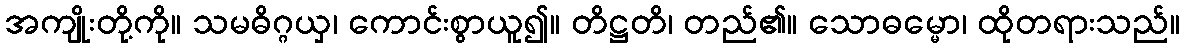
အကျိုးတို့ကို။ သမဓိဂ္ဂယှ၊ ကောင်းစွာယူ၍။ တိဋ္ဌတိ၊ တည်၏။ သောဓမ္မော၊ ထိုတရားသည်။